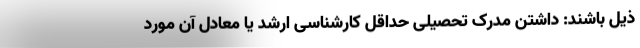
ذیل باشند: داشتن مدرک تحصیلی حداقل کارشناسی ‌ارشد یا معادل آن مورد